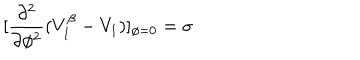
LaTeX: [ \frac { \partial ^ { 2 } } { \partial \phi ^ { 2 } } ( V _ { 1 } ^ { \beta } - V _ { 1 } ) ] _ { \phi = 0 } = \sigma